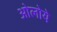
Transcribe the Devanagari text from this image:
ओलोये